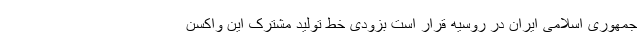
جمهوری اسلامی ایران در روسیه قرار است بزودی خط تولید مشترک این واکسن